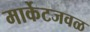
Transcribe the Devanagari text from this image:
मार्केटजवळ